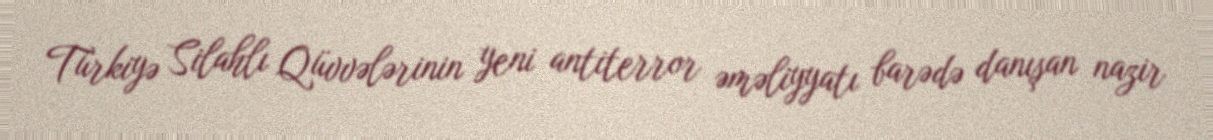
Türkiyə Silahlı Qüvvələrinin yeni antiterror əməliyyatı barədə danışan nazir